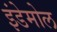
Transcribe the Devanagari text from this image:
इंडेमोल